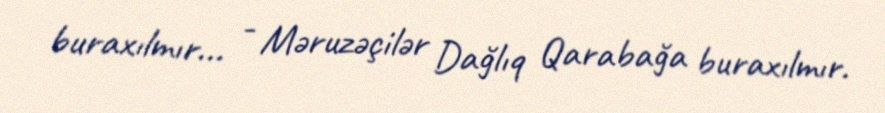
buraxılmır... - Məruzəçilər Dağlıq Qarabağa buraxılmır.